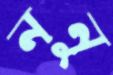
ননু